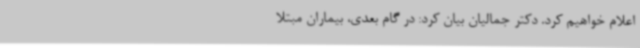
اعلام خواهیم کرد. دکتر جمالیان بیان کرد: در گام بعدی، بیماران مبتلا